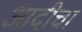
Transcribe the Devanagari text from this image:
आदीचा